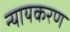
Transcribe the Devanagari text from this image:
न्यायकरण